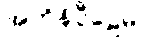
အဘိနိပ္ပီဠေမိ